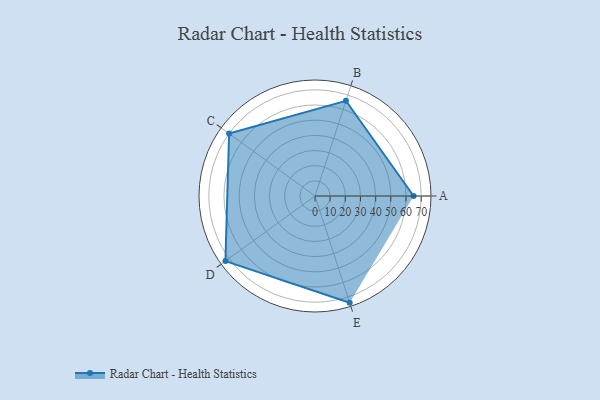
{"axis": {"x": "Skill", "y": "Score"}, "legend": ["Profile"], "data": [{"x": "A", "y": 65.0, "type": "Profile"}, {"x": "B", "y": 66.0, "type": "Profile"}, {"x": "C", "y": 70.0, "type": "Profile"}, {"x": "D", "y": 73.0, "type": "Profile"}, {"x": "E", "y": 74.0, "type": "Profile"}]}